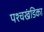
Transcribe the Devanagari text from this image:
पश्चखंडिका